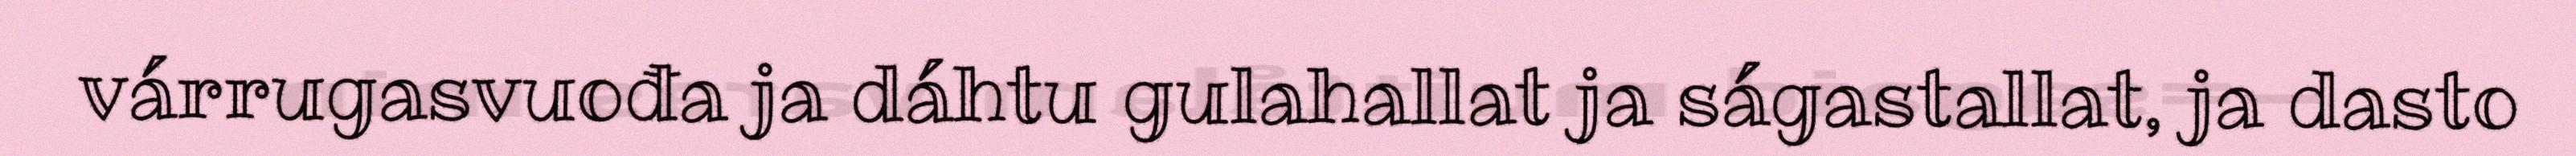
várrugasvuođa ja dáhtu gulahallat ja ságastallat, ja dasto